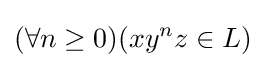
(\forall n\geq 0)(xy^{n}z\in L)